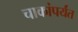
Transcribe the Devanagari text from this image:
चाकांपर्यंत